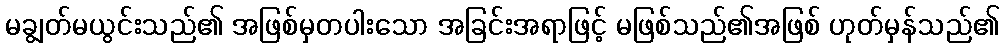
မချွတ်မယွင်းသည်၏ အဖြစ်မှတပါးသော အခြင်းအရာဖြင့် မဖြစ်သည်၏အဖြစ် ဟုတ်မှန်သည်၏